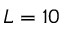
L = 1 0